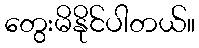
တွေးမိနိုင်ပါတယ်။